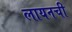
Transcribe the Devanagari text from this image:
लायनची